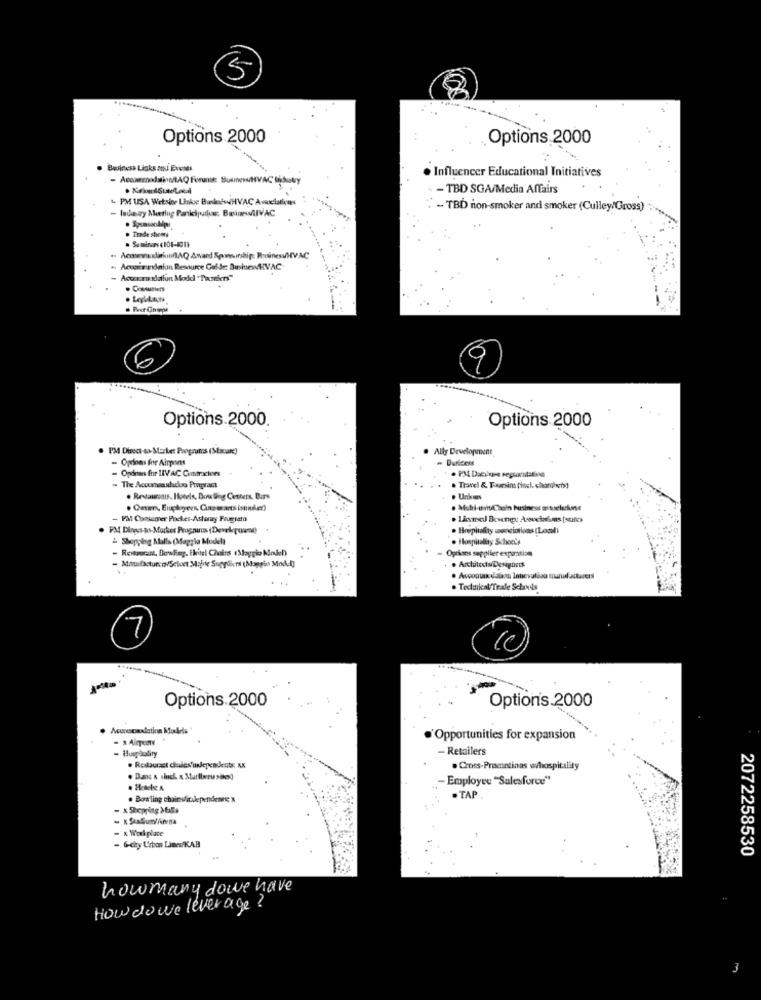
5
Options 2000
Options 2000
Business Links and Evenes
. Influencer Educational Initiatives
- TBD SGA/Media Affairs
4 PM USA Wetsine Linkse BusinesHVAC Associations
- TBD non-smoker and smoker (Culley/Gross)
· Trade shows
. AcmevadiinnfAQ Award Sponmindig: RoutinesuHVAC
- Accordnion Resource Guide: BusinewHVAC
- Accomodation Model "Pamebers"
6
Options.2000.
Options 2000
Ally Development
- Openas for Airpons
- Opdnes for IIVAC Contracters
. The Accuneasdadoo Programa
. Travel & Toonsin (incl. chanhets!
. Restauranis, Ilperls, Bowling Centers, Bars
- FMt Consumer Pocket-Astory Frugiato
PM Direct-to-Marker Prognuns (Develeguane)
. Brepitality asociations (Load)
- Shopping Malls (Maggio Modell
. Hospitality Schon's
Restaurant, BewReg. İkitel Chairs (Maggio Model)
Oprions supplier expansion
- Atatufacturer/Scioet Mijne Suppliers (Maggio Model)
. Tedinical/Trale Schools
7
Options.2000
Optionis.2000
.'Opportunities for expansion
- Busgåulity
Retailers
. Cross-Prometinas whospitality
. Dans & sinck x Marllaru send
Employee "Salesforce"
. Bowling chainvitdependente x
. TAP
- x Shopping Malls
- G-city Urban Linn/KAB
2072258530
howmany dowe have
How do we leverage?
M